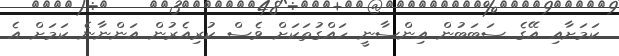
ކަމަށާއި އޭގެ ސަބަބުން އިންސާނީ ހައްގުތަކަށް ވެސް ކުރިއެރުން އަންނާނެ ކަމަށް އެ